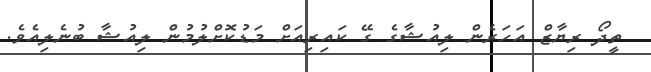
ތީދޯ ރިޔާޒް އަހަރެން ލިއުޝާގެ ގޭ ކައިރިއަށް މަޑުކޮށްލުމުން ލިއުޝާ ބުނެލިއެވެ.